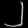
Digit: ၂